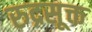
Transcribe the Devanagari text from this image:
रुद्रसूक्त